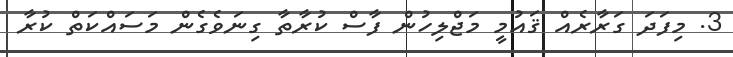
3. މިފަދަ ގަރާރެއް ޤައުމީ މަޖްލިހުން ފާސް ކުރާތާ ގިނަވެގެން މަސައްކަތް ކުރާ